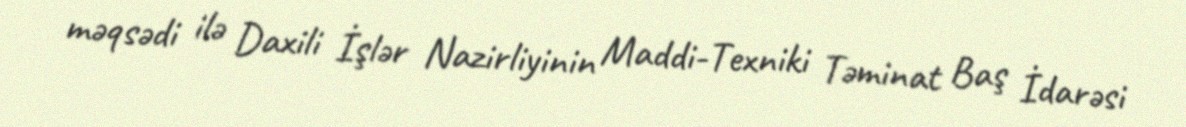
məqsədi ilə Daxili İşlər Nazirliyinin Maddi-Texniki Təminat Baş İdarəsi